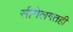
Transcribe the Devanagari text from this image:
सीमेलगतही